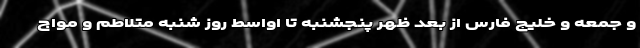
و جمعه و خلیج فارس از بعد ظهر پنجشنبه تا اواسط روز شنبه متلاطم و مواج